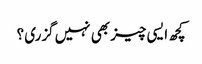
کچھ ایسی چیز بھی نہیں گزری ؟